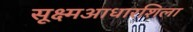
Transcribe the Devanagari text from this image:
सूक्ष्मआधारशिला